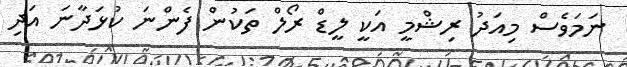
ނަމަވެސް މިއަދު ރިޝްމީ އަކީ ލީޑް ރޯލް ތަކުން ފެންނަ ކުޅަދާނަ އަދި